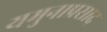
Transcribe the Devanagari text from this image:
यमुनाप्रसाद